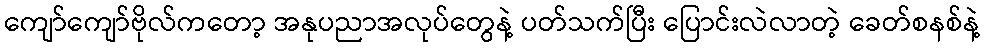
ကျော်ကျော်ဗိုလ်ကတော့ အနုပညာအလုပ်တွေနဲ့ ပတ်သက်ပြီး ပြောင်းလဲလာတဲ့ ခေတ်စနစ်နဲ့